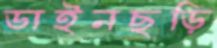
ডাইনছড়ি